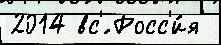
2014 вс'́ Росс'и́я